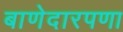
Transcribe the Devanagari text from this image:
बाणेदारपणा